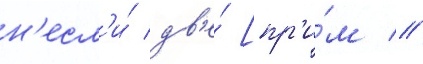
н'есл'и́ дв'е́ [пр'и́м //